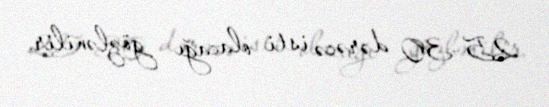
25-30 dərəcə isti olacağı gözlənilir.